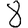
Digit: 8